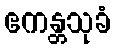
ဧကန္တသုခံ